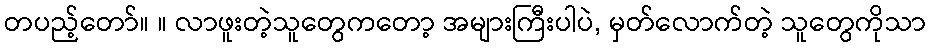
တပည့်တော်။ ။ လာဖူးတဲ့သူတွေကတော့ အများကြီးပါပဲ, မှတ်လောက်တဲ့ သူတွေကိုသာ